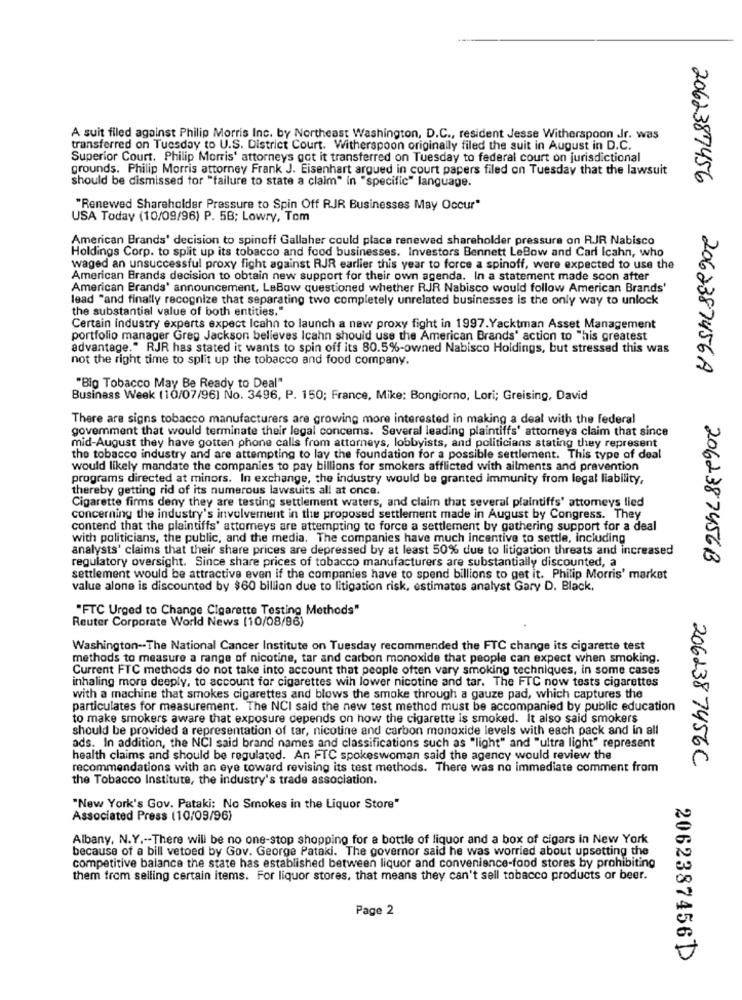
A suit filed against Philip Morris Inc. by Northeast Washington, D.C ., resident Jesse Witherspoon Ir. was
transferred on Tuesday to U.S. District Court. Witherspoon originally filed the suit in August in D.C.
Superior Court. Philip Morris' attorneys got it transferred on Tuesday to federal court on jurisdictional
grounds. Philip Morris attorney Frank J. Eisenhart argued in court papers filed on Tuesday that the lawsuit
should be dismissed for "failure to state a claim" In "specific" language.
2062387456
"Renewed Shareholder Pressure to Spin Off RJR Businesses May Occur"
USA Today (10/09/96) P. 5B; Lowry, Tom
American Brands' decision to spinoff Gallaher could place renewed shareholder pressure on RJR Nabisco
Holdings Corp. to split up its tobacco and food businesses. Investors Bennett LeBow and Carl Icahn, who
waged an unsuccessful proxy fight against RJR earlier this year to force a spinoff, were expected to use the
American Brands decision to obtain new support for their own agenda. In a statement made soon after
American Brands' announcement, LeBow questioned whether RJR Nabisco would follow American Brands'
lead "and finally recognize that separating two completely unrelated businesses is the only way to unlock
the substantial value of both entities."
Certain industry experts expect Icahn to launch a new proxy fight in 1997.Yacktman Asset Management
portfolio manager Greg Jackson believes Icahn should use the American Brands' action to "his greatest
advantage." RJR has stated it wants to spin off its 80.5%-owned Nabisco Holdings, but stressed this was
not the right time to split up the tobacco and food company.
2062387456A
"Big Tobacco May Be Ready to Deal"
Business Week (10/07/96] No. 3496, P. 150; France, Mike: Bongiorno, Lori; Greising, David
There are signs tobacco manufacturers are growing more interested in making a deal with the federal
goverment that would terminate their legal concems. Several leading plaintiffs' attorneys claim that since
mid-August they have gotten phone calls from attorneys, lobbyists, and politicians stating they represent
the tobacco industry and are attempting to lay the foundation for a possible settlement. This type of deal
would likely mandate the companies to pay billions for smokers afflicted with ailments and pravention
programs directed at minors. In exchange, the industry would be granted immunity from legal liability,
thereby getting rid of its numerous lawsuits all at once.
Cigarette firms deny they are testing settlement waters, and claim that several plaintiffs' attomeys lied
concerning the industry's involvement in the proposed settlement made in August by Congress. They
contend that the plaintiffs' attorneys are attempting to force a settlement by gathering support for a deal
with politicians, the public, and the media. The companies have much incentive to settle, including
analysts' claims that their share prices are depressed by at least 50% due to litigation threats and increased
2062387456B
regulatory oversight. Since share prices of tobacco manufacturers are substantially discounted, a
settlement would be attractive even if the companies have to spend billions to get it. Philip Morris' market
value alone is discounted by $60 billion due to litigation risk, estimates analyst Gary D. Black,
"FTC Urged to Change Cigarette Testing Methods"
Reuter Corporate World News (10/08/96)
Washington -- The National Cancer Institute on Tuesday recommended the FTC change its cigarette test
methods to measure a range of nicotine, tar and carbon monoxide that people can expect when smoking.
Current FTC methods do not take into account that people often vary smoking techniques, in some cases
inhaling more deeply, to account for cigarettes wih lower nicotine and tar. The FTC now tests cigarettes
with a machine that smokes cigarettes and blows the smoke through a gauze pad, which captures the
particulates for measurement. The NCI said the new test method must be accompanied by public education
to make smokers aware that exposure depends on how the cigarette is smoked. It also said smokers
should be provided a representation of tar, nicotine and carbon monoxide levels with each pack and in all
ads. In addition, the NCI said brand names and classifications such as "light" and "ultra light" represent
health claims and should be regulated. An FTC spokeswoman said the agency would review the
recommendations with an eye toward revising its test methods. There was no immediate comment from
206238 7456C
the Tobacco Institute, the industry's trade association.
"New York's Gov. Pataki: No Smokes in the Liquor Store"
Associated Press (10/09/96)
Albany, N.Y .-- There will be no one-stop shopping for a bottle of liquor and a box of cigars in New York
because of a bill vetoed by Gov. George Pataki. The governor said he was worried about upsetting the
competitive balance the state has established between liquor and convenience-food stores by prohibiting
them from selling certain items. For liquor stores, that means they can't sell tobacco products or beer.
Page 2
2062387456)